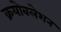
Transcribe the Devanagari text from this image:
क्रयोबलेशन